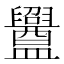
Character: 𥃝